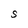
Character: S